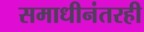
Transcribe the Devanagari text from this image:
समाधीनंतरही